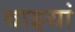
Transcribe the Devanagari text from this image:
बाइयां